Perekond_Nolcken, lk 3
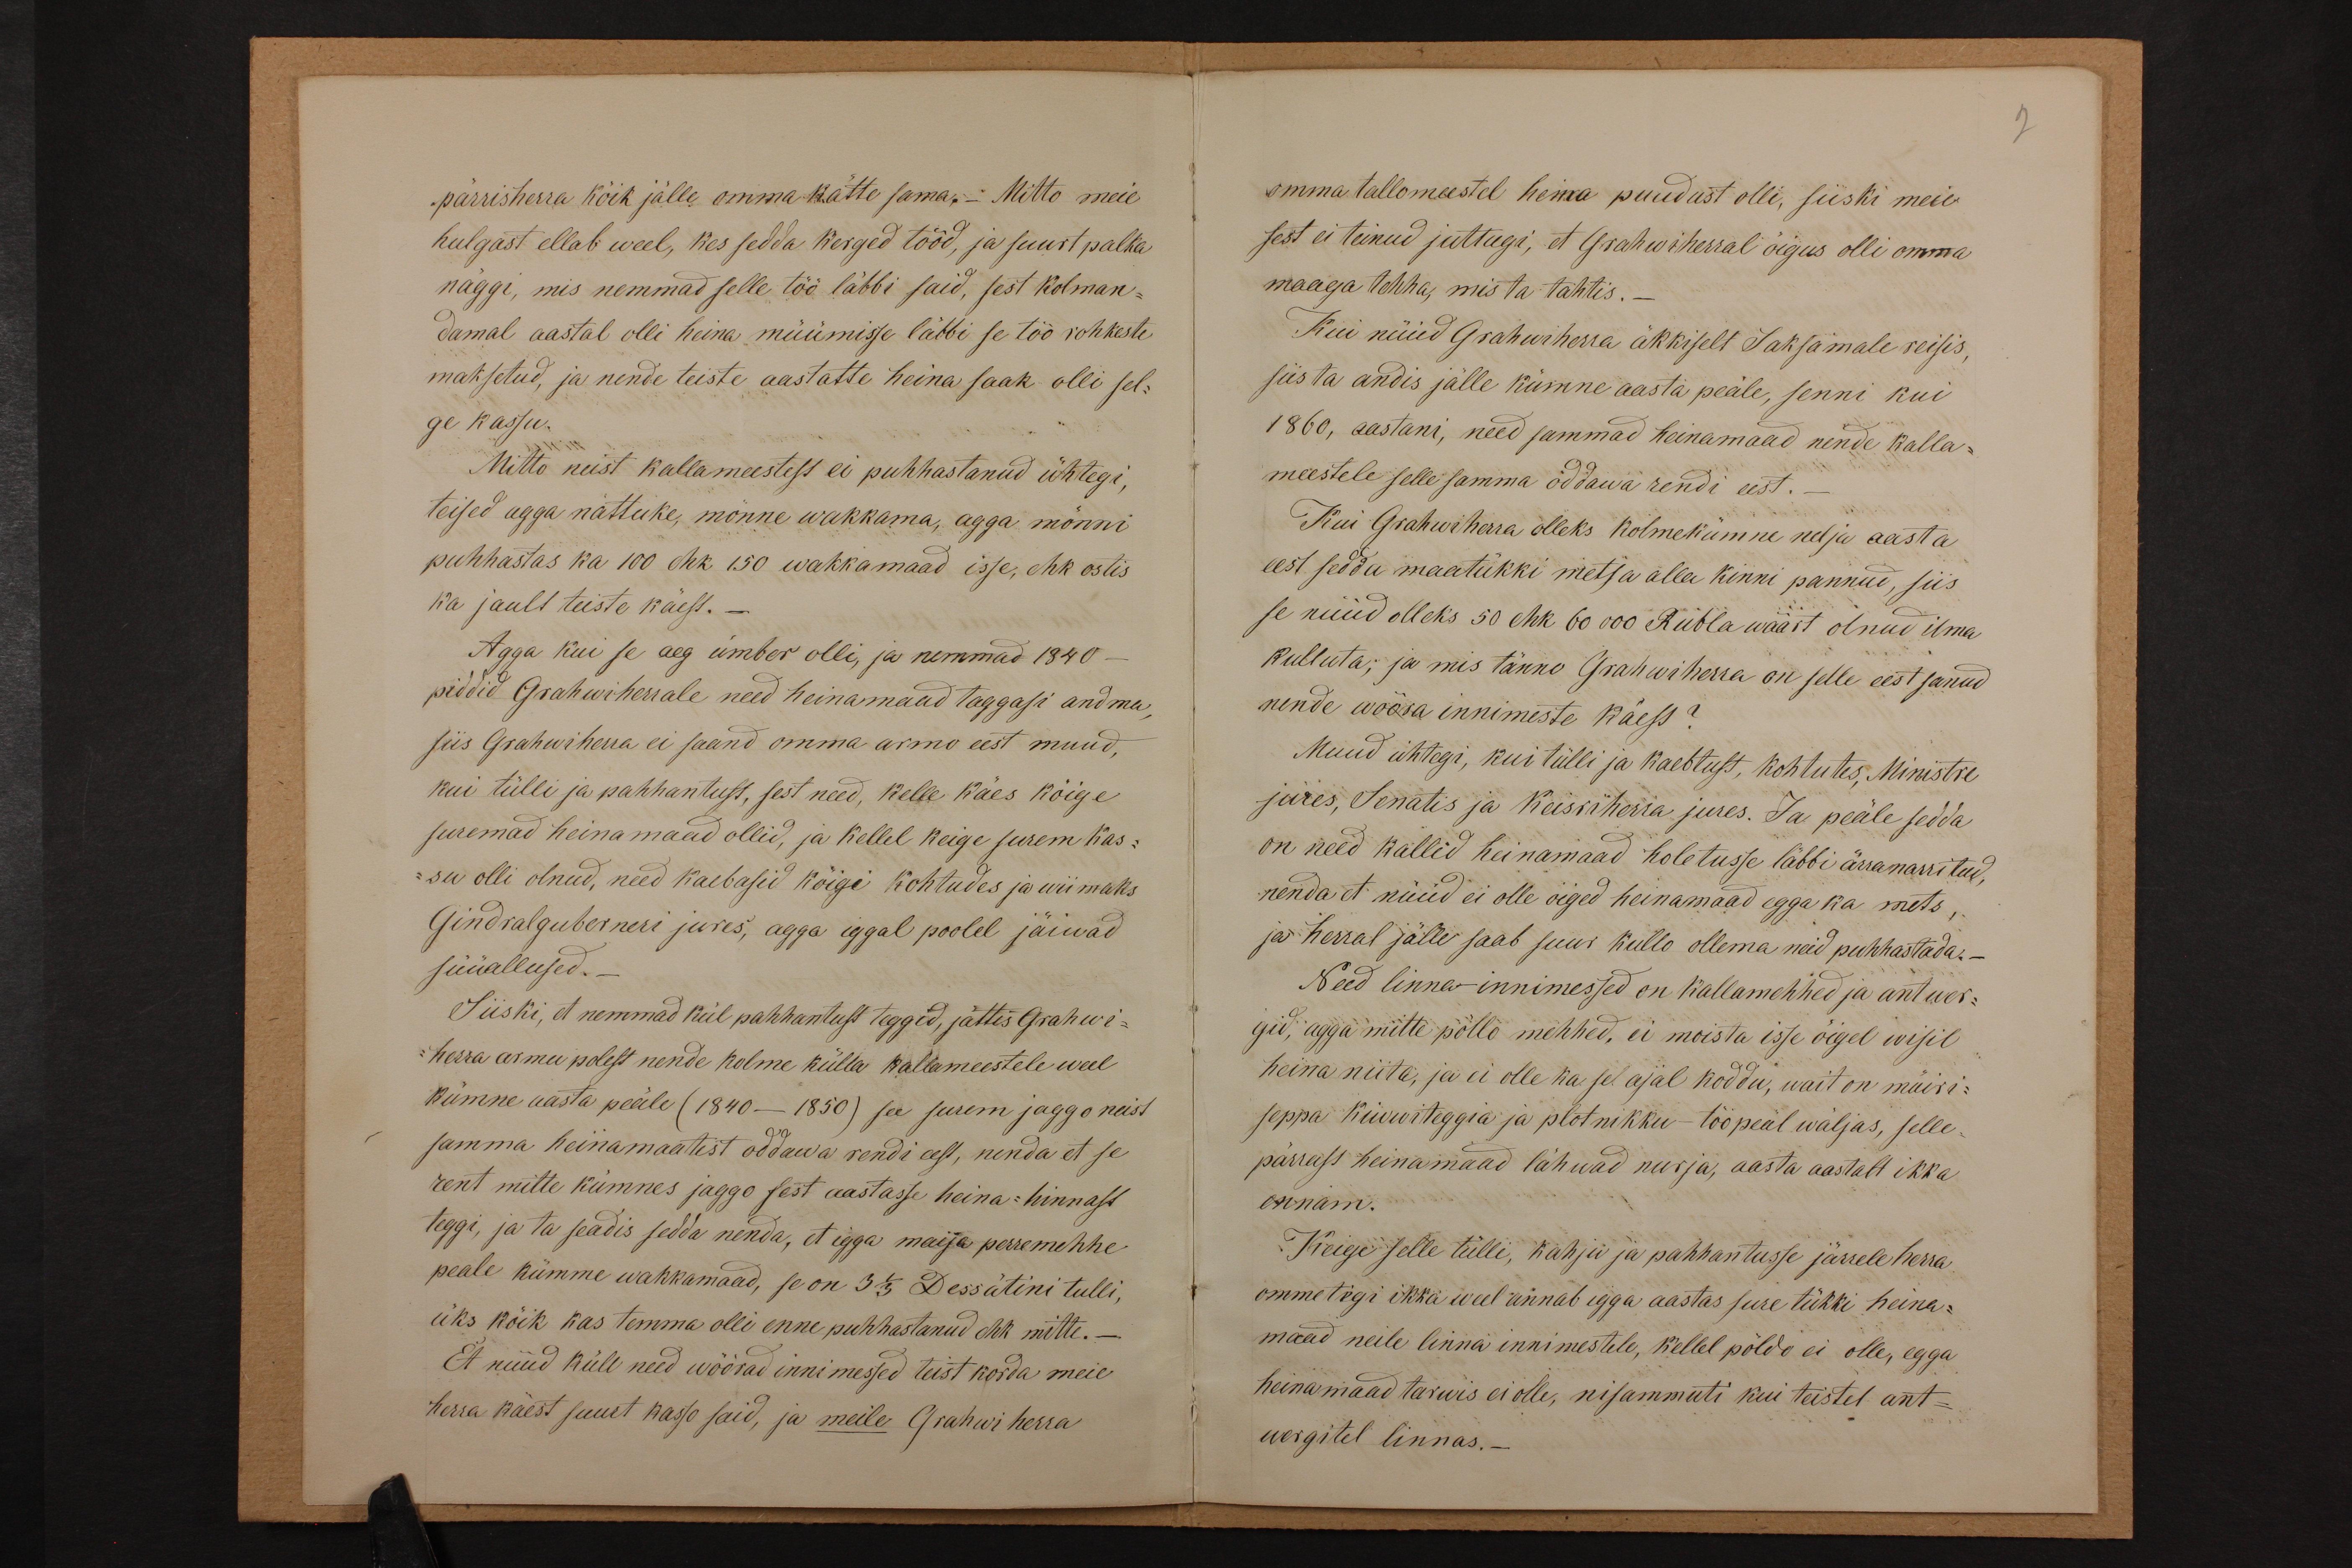
pärrisherra kõik jälle omma kätte sama.- Mitto meie
hulgast ellab weel, kes sedda kerged tööd, ja suurt palka
näggi, mis nemmad selle töö läbbi said, sest kolman-
damal aastal olli heina müümisse läbbi se töö rohkeste
maksetud, ja nende teiste aastatte heina saak olli sel-
ge kassu.
Mitto neist kallameestest ei puhhastanud ühtegi,
teised agga nattuke, mõnne wakkama, agga mõnni
puhhastas ka 100 ehk 150 wakkamaad isse, ehk ostis
ka jault teiste käest. -
Agga kui se aeg ümber olli, ja nemmad 1840-
piddid Grahwiherrale need heinamaad taggasi andma,
siis Grahwiherra ei saand omma armo eest muud,
kui tülli ja pahhantust, sest need, kelle käes kõige
suremad heinamaad ollid, ja kellel keige surem kas-
su olli olnud, need kaebasid kõigi kohtudes ja wiimaks
Gindralguberneri jures, agga iggal poolel jäiwad
süüallused._
Siiski, et nemmad kül pahhantust teggid, jättis Grahwi-
herra armu polest nende kolme külla kallameestele weel
kümne aasta peäle (1840-1850) see surem jaggo neist
samma heinamaatest oddawa rendi eest, nenda et se
rent mitte kümnes jaggo sest aastasse heina-hinnast
teggi, ja ta seadis sedda nenda, et igga maija perremehhe
peale kümme wakkamaad, se on 3 1/3 Dessätini tulli,
üks kõik kas temma olli enne puhhastanud ehk mitte._
Et nüüd küll need wõõrad innimessed teist korda meie
herra käest suurt kasso said, ja meile Grahwi herra

2
omma tallomeestel heina puudust olli, siiski meie
sest ei teinud juttugi, et Grahwiherral õigus olli omma
maaga tehha, mis ta tahtis._
Kui nüüd Grahwiherra äkkiselt Saksamale reisis,
siis ta andis jälle kümne aasta peäle, senni kui
1860, aastani, need sammad heinamaad nende kalla-
meestele selle samma oddawa rendi eest._
Kui Grahwiherra olleks kolmekümne nelja aasta
eest sedda maatükki metsa alla kinni pannud, siis
se nüüd olleks 50 ehk 60 000 Rubla wäärt olnud ilma
kulluta; ja mis tänno Grahwiherra on selle eest sanud
nende wõõra innimeste käest?
Muud ühtegi, kui tülli ja kaebtust, kohtutes, Ministre
jures, Senatis ja Keisriherra jures. Ja peäle sedda
on need kallid heinamaad holetusse läbbi ärranarritud,
nenda et nüüd ei olle õiged heinamaad egga ka mets,
ja herral jälle saab suur kullo ollema neid puhhastada.-
Need linna-innimessed on kallamehhed ja antwer-
gid, agga mitte põllo mehhed, ei moista isse õigel wisil
heina niita, ja ei olle ka sel ajal koddu, wait on müiri-
seppa kiwwiteggia ja plotnikku - töö peäl wäljas, selle-
pärrast heinamaad lähwad nurja, aasta aastalt ikka
ennam.
Keige selle tülli, kahju ja pahhantusse järrele herra
ommetigi ikka weel annab igga aastas sure tükki heina-
maad neile linna innimestele, kellel põldo ei olle, egga
heinamaad tarwis ei olle, nisammuti kui teistel ant-
wergitel linnas. -